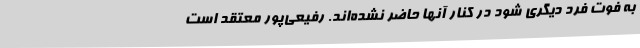
به فوت فرد دیگری شود در کنار آنها حاضر نشده‌اند. رفیعی‌پور معتقد است